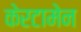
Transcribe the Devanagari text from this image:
केरटामेन